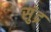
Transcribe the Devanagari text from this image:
सुंद्र